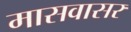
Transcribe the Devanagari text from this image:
मासवासर